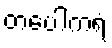
တပေါကရံ